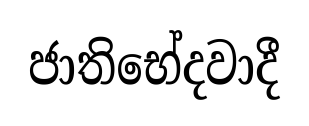
ජාතිභේදවාදී